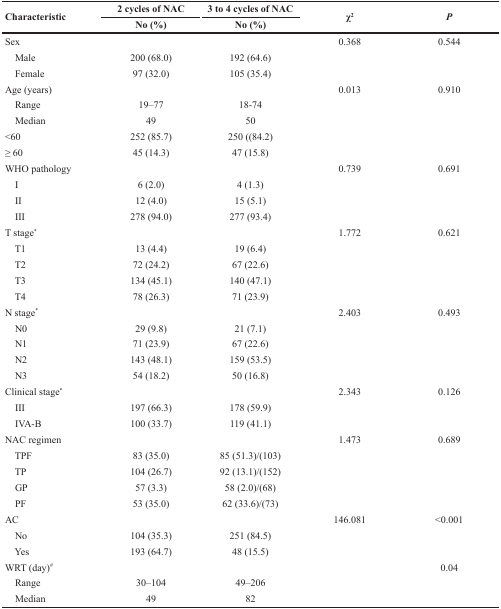
<table><thead><tr><td rowspan="2"><b>Characteristic</b></td><td><b>2 cycles of NAC</b></td><td><b>3 to 4 cycles of NAC</b></td><td rowspan="2"><b>χ<sup>2</sup></b></td><td rowspan="2"><b><i>P</i></b></td></tr><tr><td><b>No (%)</b></td><td><b>No (%)</b></td></tr></thead><tbody><tr><td>Sex</td><td></td><td></td><td>0.368</td><td>0.544</td></tr><tr><td> Male</td><td>200 (68.0)</td><td>192 (64.6)</td><td></td><td></td></tr><tr><td> Female</td><td>97 (32.0)</td><td>105 (35.4)</td><td></td><td></td></tr><tr><td>Age (years)</td><td></td><td></td><td>0.013</td><td>0.910</td></tr><tr><td> Range</td><td>19–77</td><td>18-74</td><td></td><td></td></tr><tr><td> Median</td><td>49</td><td>50</td><td></td><td></td></tr><tr><td>&lt;60</td><td>252 (85.7)</td><td>250 ((84.2)</td><td></td><td></td></tr><tr><td>≥ 60</td><td>45 (14.3)</td><td>47 (15.8)</td><td></td><td></td></tr><tr><td>WHO pathology</td><td></td><td></td><td>0.739</td><td>0.691</td></tr><tr><td> I</td><td>6 (2.0)</td><td>4 (1.3)</td><td></td><td></td></tr><tr><td> II</td><td>12 (4.0)</td><td>15 (5.1)</td><td></td><td></td></tr><tr><td> III</td><td>278 (94.0)</td><td>277 (93.4)</td><td></td><td></td></tr><tr><td>T stage<sup>*</sup></td><td></td><td></td><td>1.772</td><td>0.621</td></tr><tr><td> T1</td><td>13 (4.4)</td><td>19 (6.4)</td><td></td><td></td></tr><tr><td> T2</td><td>72 (24.2)</td><td>67 (22.6)</td><td></td><td></td></tr><tr><td> T3</td><td>134 (45.1)</td><td>140 (47.1)</td><td></td><td></td></tr><tr><td> T4</td><td>78 (26.3)</td><td>71 (23.9)</td><td></td><td></td></tr><tr><td>N stage<sup>*</sup></td><td></td><td></td><td>2.403</td><td>0.493</td></tr><tr><td> N0</td><td>29 (9.8)</td><td>21 (7.1)</td><td></td><td></td></tr><tr><td> N1</td><td>71 (23.9)</td><td>67 (22.6)</td><td></td><td></td></tr><tr><td> N2</td><td>143 (48.1)</td><td>159 (53.5)</td><td></td><td></td></tr><tr><td> N3</td><td>54 (18.2)</td><td>50 (16.8)</td><td></td><td></td></tr><tr><td>Clinical stage<sup>*</sup></td><td></td><td></td><td>2.343</td><td>0.126</td></tr><tr><td> III</td><td>197 (66.3)</td><td>178 (59.9)</td><td></td><td></td></tr><tr><td> IVA-B</td><td>100 (33.7)</td><td>119 (41.1)</td><td></td><td></td></tr><tr><td>NAC regimen</td><td></td><td></td><td>1.473</td><td>0.689</td></tr><tr><td> TPF</td><td>83 (35.0)</td><td>85 (51.3)/(103)</td><td></td><td></td></tr><tr><td> TP</td><td>104 (26.7)</td><td>92 (13.1)/(152)</td><td></td><td></td></tr><tr><td> GP</td><td>57 (3.3)</td><td>58 (2.0)/(68)</td><td></td><td></td></tr><tr><td> PF</td><td>53 (35.0)</td><td>62 (33.6)/(73)</td><td></td><td></td></tr><tr><td>AC</td><td></td><td></td><td>146.081</td><td>&lt;0.001</td></tr><tr><td> No</td><td>104 (35.3)</td><td>251 (84.5)</td><td></td><td></td></tr><tr><td> Yes</td><td>193 (64.7)</td><td>48 (15.5)</td><td></td><td></td></tr><tr><td>WRT (day)<sup>#</sup></td><td></td><td></td><td></td><td>0.04</td></tr><tr><td> Range</td><td>30–104</td><td>49–206</td><td></td><td></td></tr><tr><td> Median</td><td>49</td><td>82</td><td></td><td></td></tr></tbody></table>